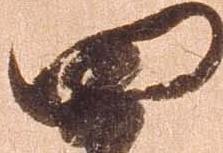
四